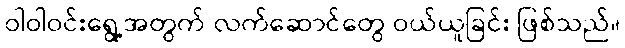
ဝါဝါဝင်းရွေ့အတွက် လက်ဆောင်တွေ ဝယ်ယူခြင်း ဖြစ်သည်။